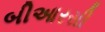
બીઆરસી